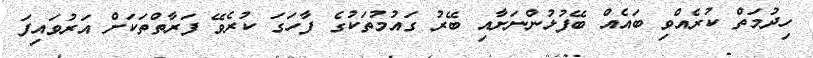
ހިދުމަތް ކުރެއްވި ބައެއް ބޭފުޅުންނަށާއި ބޭރު ގައުމުތަކުގެ ފާހަގަ ކުރެވޭ ފަރާތްތަކަށް އަރުވައިފަ